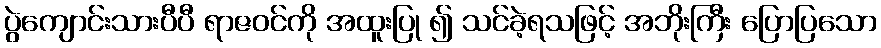
ပွဲကျောင်းသားပီပီ ရာဇဝင်ကို အထူးပြု ၍ သင်ခဲ့ရသဖြင့် အဘိုးကြီး ပြောပြသော